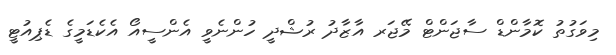
މިވަގުތު ކޮމާންޑް ސާޖަންޓް މޭޖަރ އާޒާދު ރުޝްދީ ހުންނެވީ އެންސީއޯ އެކެޑަމީގެ ޑެޕިއުޓީ